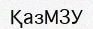
ҚазМЗУ